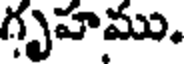
గృహము.